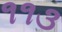
૧૧૩